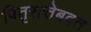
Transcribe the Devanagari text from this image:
पितृसत्तेबबत